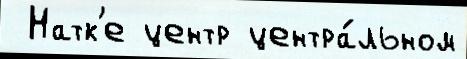
 Натк'е центр центра́льном